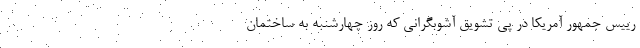
رییس جمهور آمریکا در پی تشویق آشوبگرانی که روز چهارشنبه به ساختمان